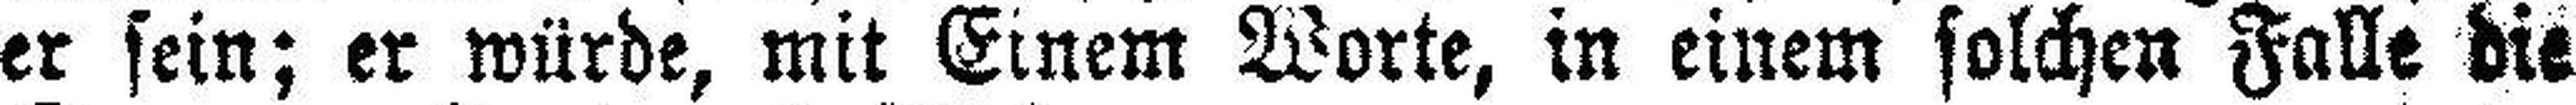
er sein; er würde, mit Einem Worte, in einem solchen Falle die